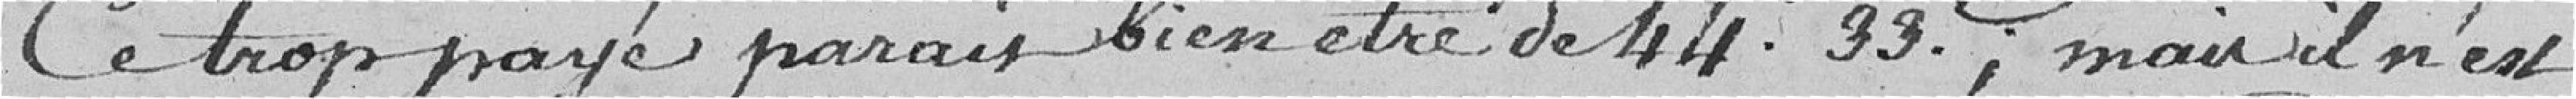
Ce trop payé parait bien être de 44 francs 33 centimes ; mais il n'est